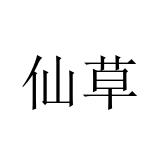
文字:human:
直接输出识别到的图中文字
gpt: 仙草